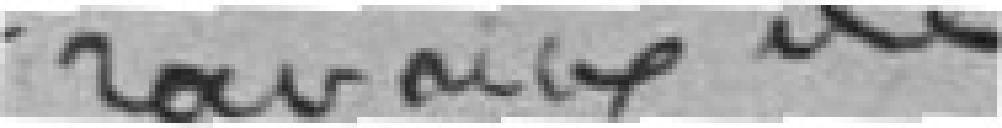
travaux de